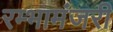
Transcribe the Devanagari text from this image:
रम्भामंजरी